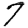
Digit: 7